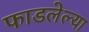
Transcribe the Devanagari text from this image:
फाडलेल्या